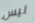
ليس